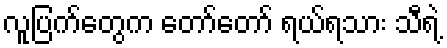
လူပြက်တွေက တော်တော် ရယ်ရသား သီရဲ့